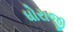
ધોરાજી